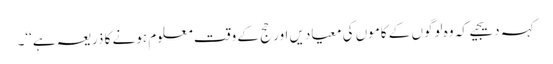
کہہ دیجیے کہ وہ لوگوں کے کاموں کی معیادیں اور حج کے وقت معلوم ہونے کا ذریعہ ہے‘‘۔